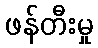
ဖန်တီးမှု